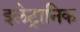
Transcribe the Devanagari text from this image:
इलेट्रानिक